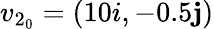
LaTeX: v_{2_{0}}=(10i,-0.5\mathbf{j})